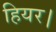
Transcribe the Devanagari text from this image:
हियर।